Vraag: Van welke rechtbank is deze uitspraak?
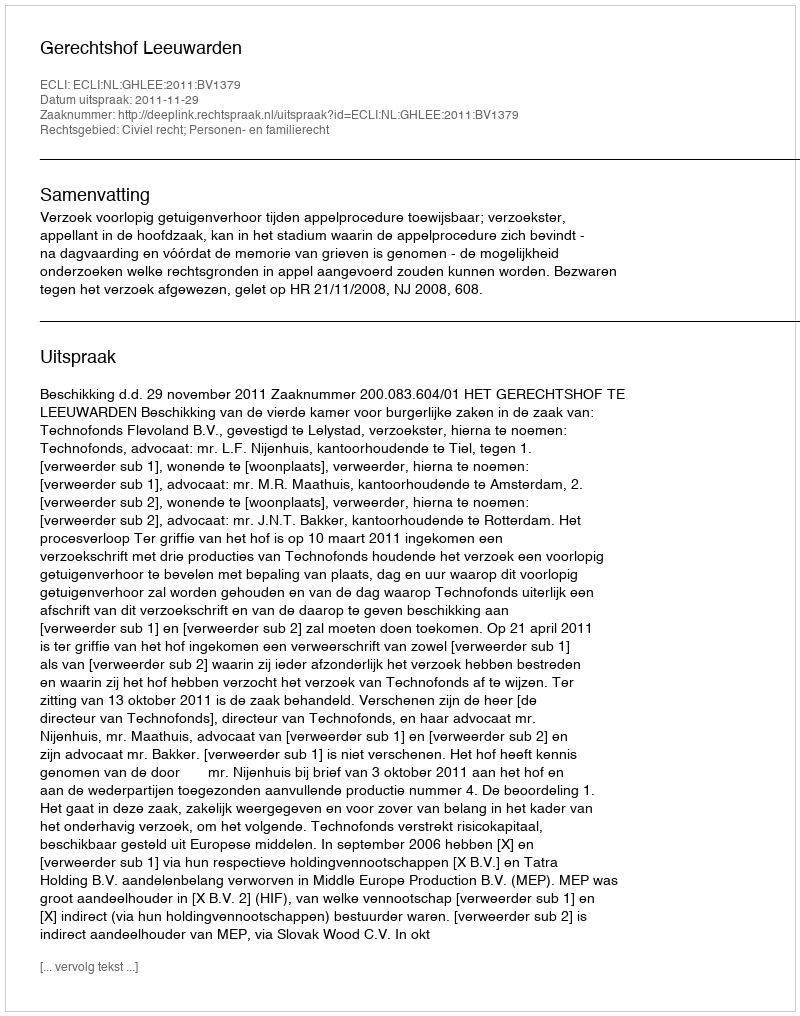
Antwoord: Gerechtshof Leeuwarden